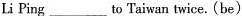
Li Ping___to Taiwan twice.(be)